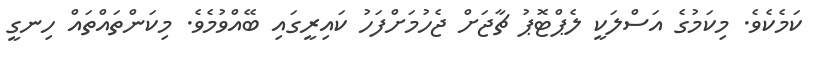
ކަމެކެވެ. މިކަމުގެ އަސްލަކީ ލެޕްޓޮޕު ޗާޖަށް ޖެހުމަށްފަހު ކައިރީގައި ބޭއްވުމެވެ. މިކަންތައްތައް ހިނގީ